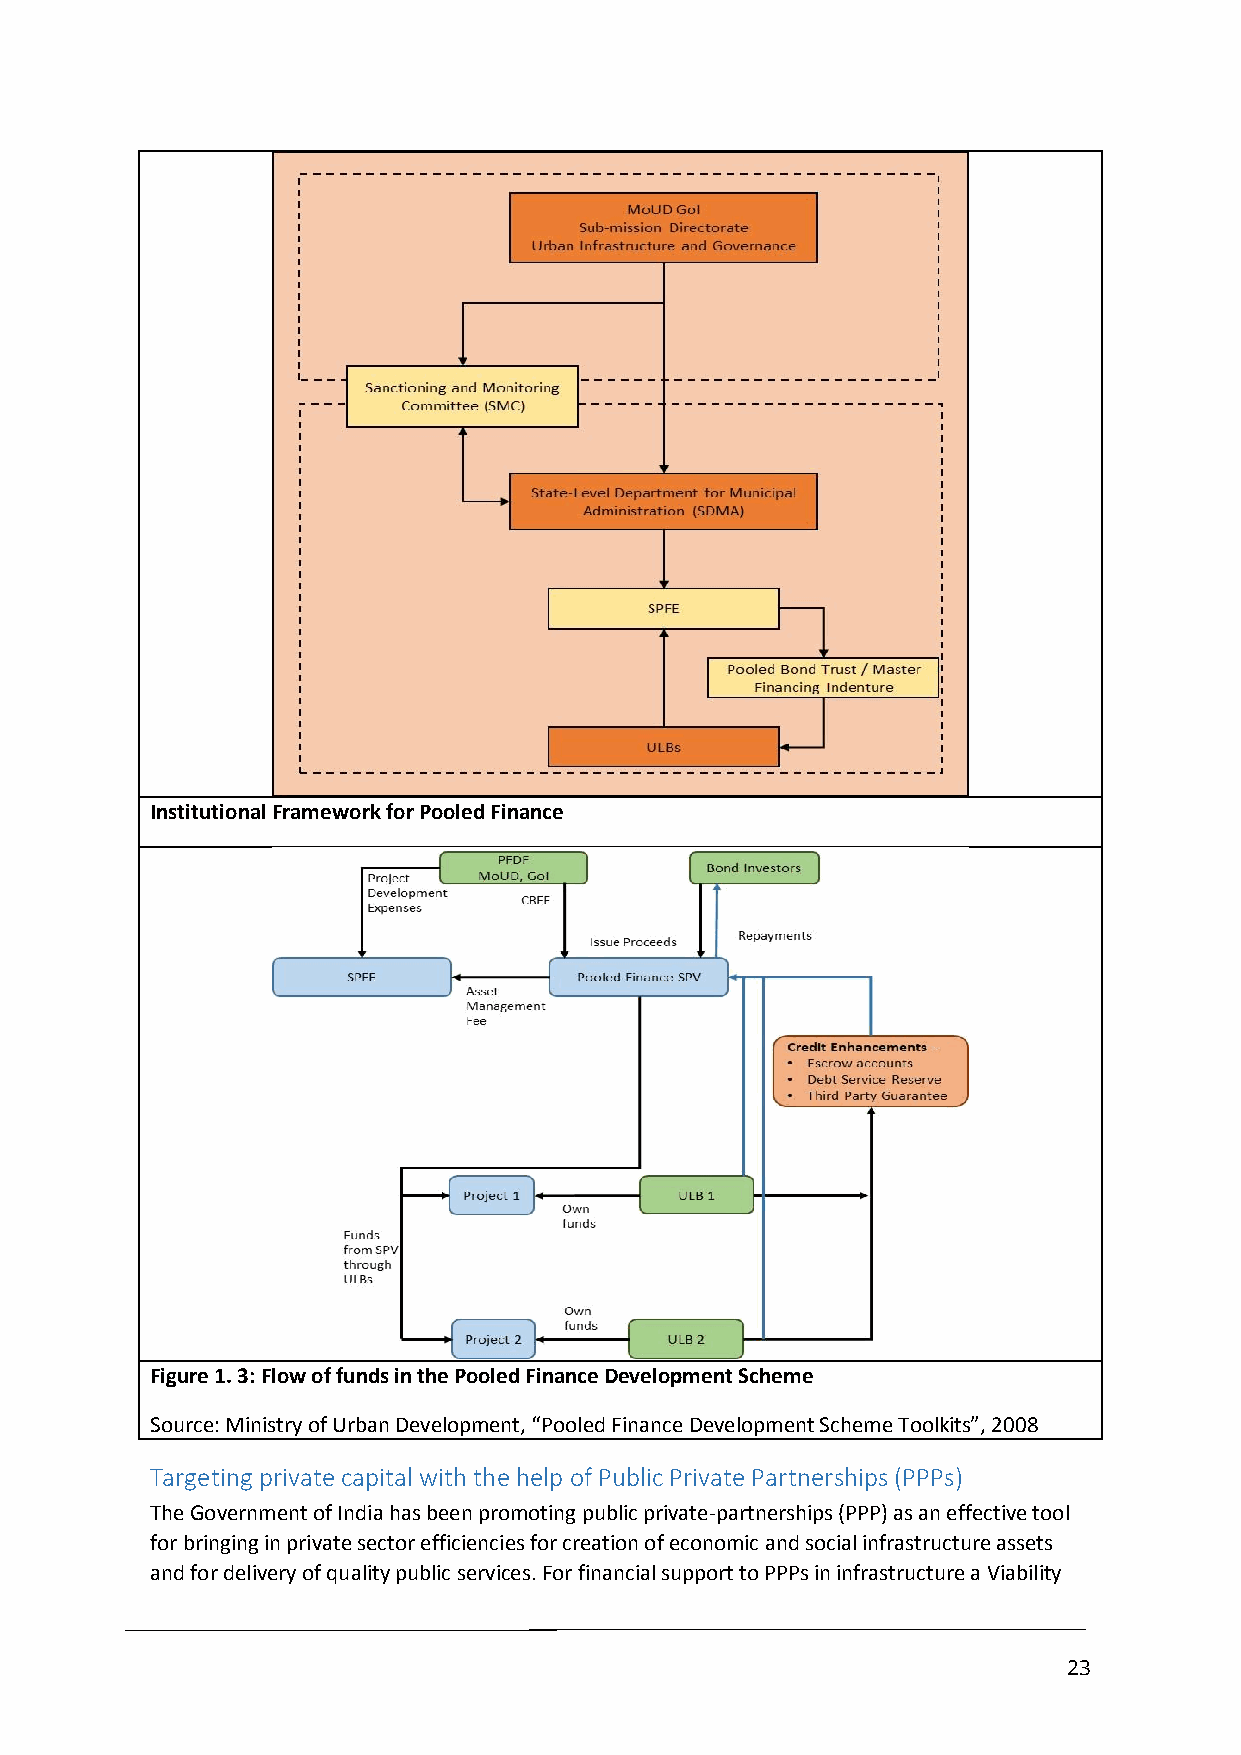
Institutional Framework for Pooled Finance
 Figure 1. 3: Flow of funds in the Pooled Finance Development Scheme
 Source: Ministry of Urban Development, “Pooled Finance Development Scheme Toolkits”, 2008
 Targeting private capital with the help of Public Private Partnerships (PPPs)
 The Government of India has been promoting public private-partnerships (PPP) as an effective tool
 for bringing in private sector efficiencies for creation of economic and social infrastructure assets
 and for delivery of quality public services. For financial support to PPPs in infrastructure a Viability
 23